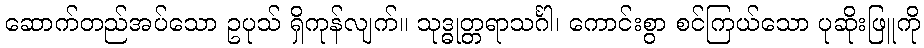
ဆောက်တည်အပ်သော ဥပုသ် ရှိကုန်လျက်။ သုဒ္ဓုတ္တရာသင်္ဂါ၊ ကောင်းစွာ စင်ကြယ်သော ပုဆိုးဖြူကို